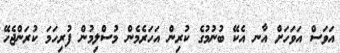
އަވަސް އަވަހަށް އާނ އެކޭ ބުނުމުގެ ކުރިން އަހަރެމެން މުސްލިމުން ފުރިހަމަ ކުރަންޖެހޭ